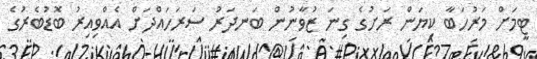
ޓީމަށް މަރުހަބާ ކިޔަން ރަށުގެ ގިނަ ޒުވާނުން ބަނދަރު ސަރަހައްދަށް އެއްވިއިރު ބޮޑުބެރުގެ